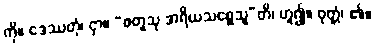
ကို။ ဒေဿတုံ၊ ငှာ။ “စတူသု အရိယသစ္စေသူ”တိ၊ ဟူ၍။ ဝုတ္တံ၊ ၏။